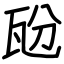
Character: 瓰